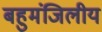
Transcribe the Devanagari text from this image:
बहुमंजिलीय